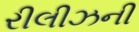
રીલીઝની